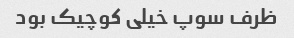
ظرف سوپ خیلی کوچیک بود